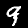
Digit: 9